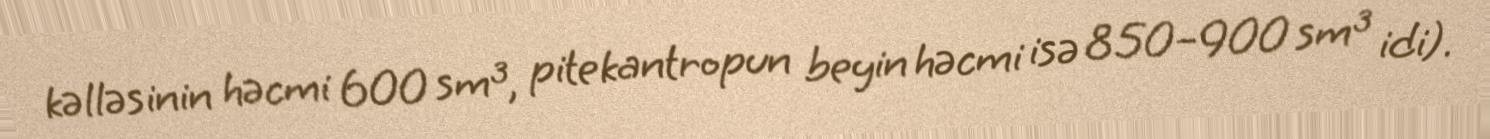
kəlləsinin həcmi 600 sm³, pitekantropun beyin həcmi isə 850–900 sm³ idi).